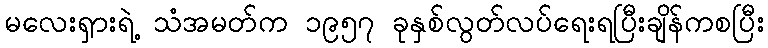
မလေးရှားရဲ့ သံအမတ်က ၁၉၅၇ ခုနှစ်လွတ်လပ်ရေးရပြီးချိန်ကစပြီး